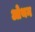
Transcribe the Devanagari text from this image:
ओथन